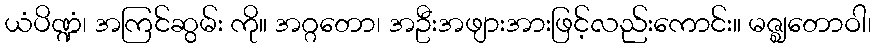
ယံပိဏ္ဍံ၊ အကြင်ဆွမ်း ကို။ အဂ္ဂတော၊ အဦးအဖျားအားဖြင့်လည်းကောင်း။ မဇ္ဈတောဝါ၊